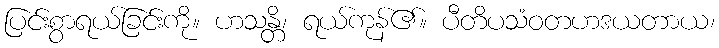
ပြင်းစွာရယ်ခြင်းကို။ ဟသန္တိ၊ ရယ်ကုန်၏။ ပီတိပသံဝတဟဒယတာယ၊